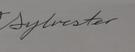
Signature authenticity: genuine